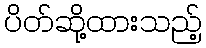
ပိတ်ဆို့ထားသည့်